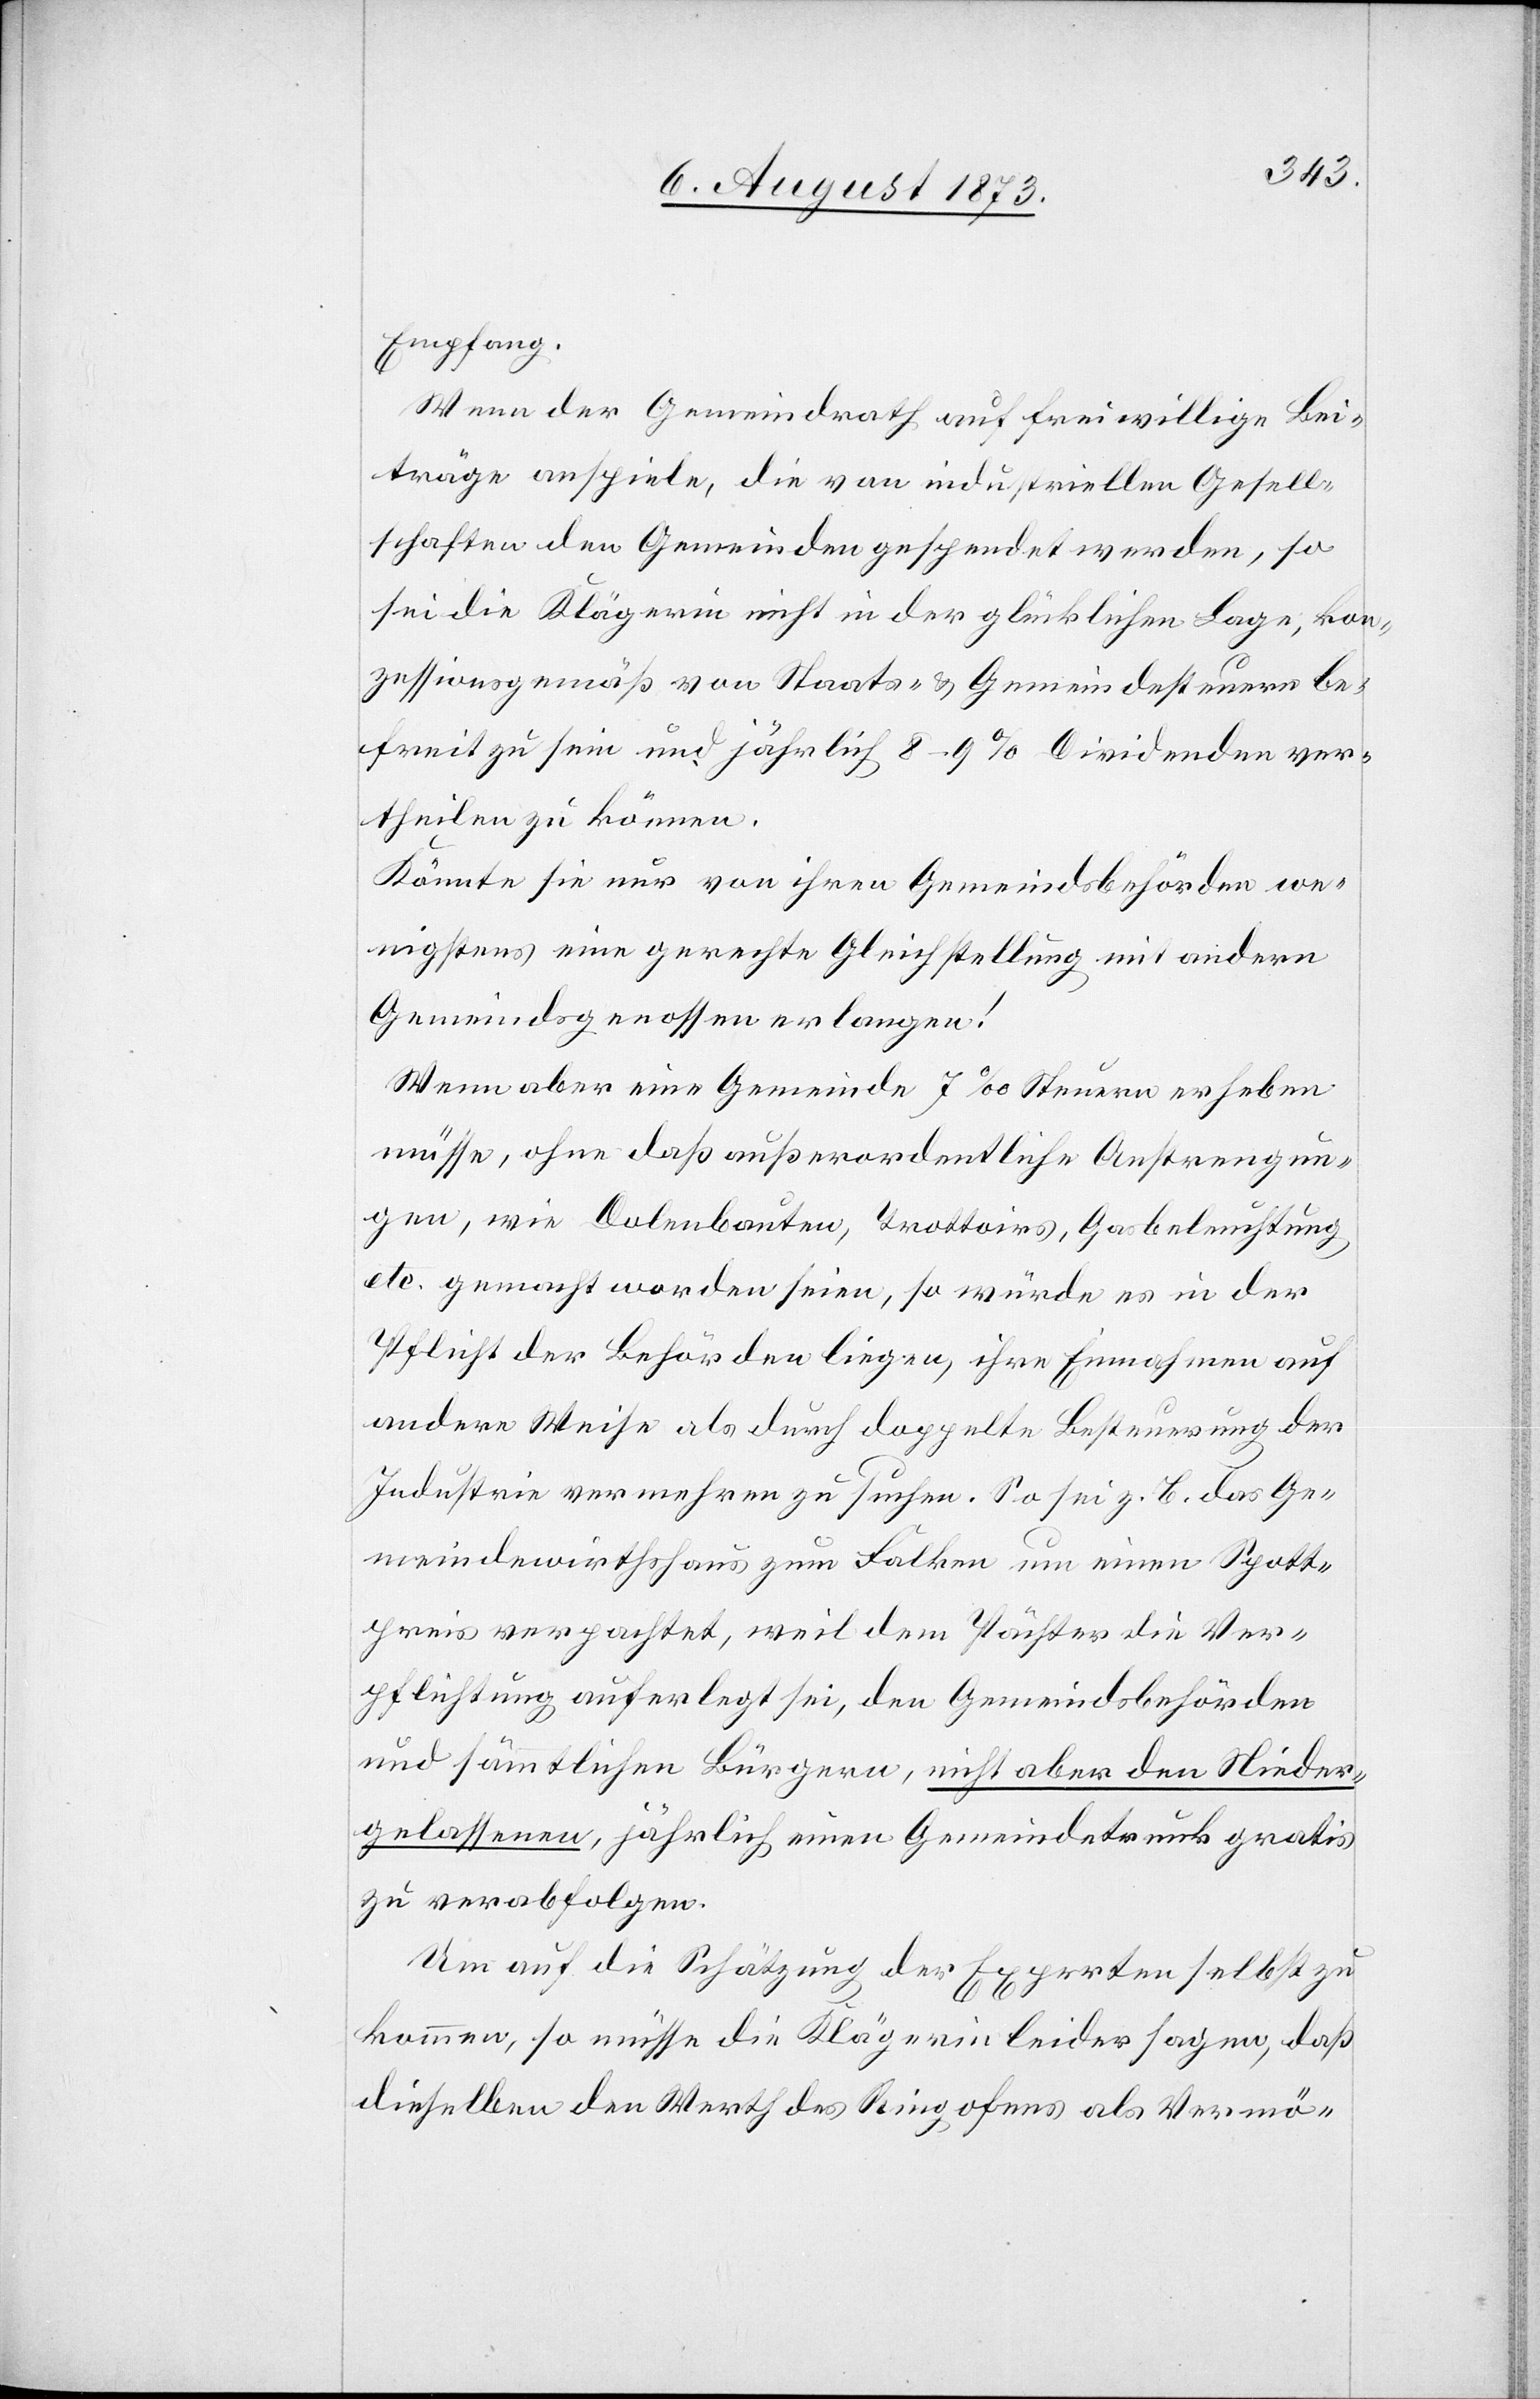
Empfang.
Wenn der Gemeindrath auf freiwillige Bei¬
träge anspiele, die von industriellen Gesell¬
schaften den Gemeinden gespendet werden, so
sei die Klägerin nicht in der glücklichen Lage, kon¬
zessionsgemäß von Staats- & Gemeindesteuern be¬
freit zu sein und jährlich 8–9% Dividenden ver¬
theilen zu können.
Könnte sie nur von ihren Gemeindsbehörden we¬
nigstens eine gerechte Gleichstellung mit andern
Gemeindsgenossen erlangen!
Wenn aber eine Gemeinde 7‰ Steuern erheben
müsse, ohne daß außerordentliche Anstrengun¬
gen, wie Dolenbauten, Trottoirs, Gasbeleluchtung
etc. gemacht worden seien, so würde es in der
Pflicht der Behörden liegen, ihre Einnahmen auf
andere Weise als durch doppelte Besteuerung der
Industrie vermehren zu suchen. So sei z. B. das Ge¬
meindewirthshaus zum Falken um einen Spott¬
preis verpachtet, weil dem Pächter die Ver¬
pflichtung auferlegt sei, den Gemeindsbehörden
und sämmtlichen Bürgern, nicht aber den Nieder¬
gelassenen, jährlich einen Gemeindetrunk gratis
zu verabfolgen.
Um auf die Schätzung der Experten selbst zu
kommen, so müsse die Klägerin leider sagen, daß
dieselben den Werth des Ringofens als Vermö-